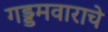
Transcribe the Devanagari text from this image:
गड्डमवाराचे